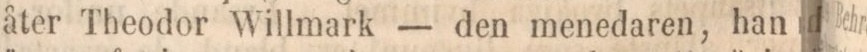
åter Theodor Willmark — den menedaren, han